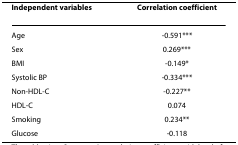
<table><thead><tr><td><b>Independent variables</b></td><td><b>Correlation coefficient</b></td></tr></thead><tbody><tr><td>Age</td><td>-0.591***</td></tr><tr><td>Sex</td><td>0.269***</td></tr><tr><td>BMI</td><td>-0.149*</td></tr><tr><td>Systolic BP</td><td>-0.334***</td></tr><tr><td>Non-HDL-C</td><td>-0.227**</td></tr><tr><td>HDL-C</td><td>0.074</td></tr><tr><td>Smoking</td><td>0.234**</td></tr><tr><td>Glucose</td><td>-0.118</td></tr></tbody></table>